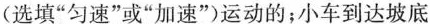
(选填“匀速”或“加速”)运动的；小车到达坡底